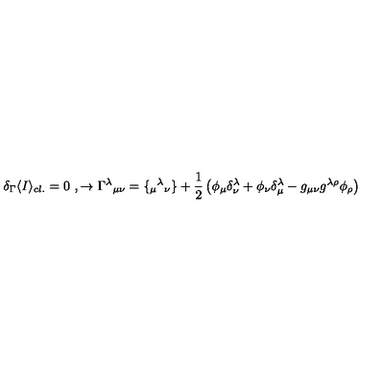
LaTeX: \delta _ { \Gamma } \langle I \rangle _ { c l . } = 0 \ , \rightarrow \Gamma ^ { \lambda } { } _ { \mu \nu } = \{ _ { \mu } { } ^ { \lambda } { } _ { \nu } \} + { \frac { 1 } { 2 } } \left( \phi _ { \mu } \delta _ { \nu } ^ { \lambda } + \phi _ { \nu } \delta _ { \mu } ^ { \lambda } - g _ { \mu \nu } g ^ { \lambda \rho } \phi _ { \rho } \right) \